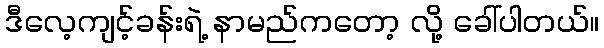
ဒီလေ့ကျင့်ခန်းရဲ့ နာမည်ကတော့ လို့ ခေါ်ပါတယ်။